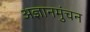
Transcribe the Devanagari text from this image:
अज्ञानमुंचन